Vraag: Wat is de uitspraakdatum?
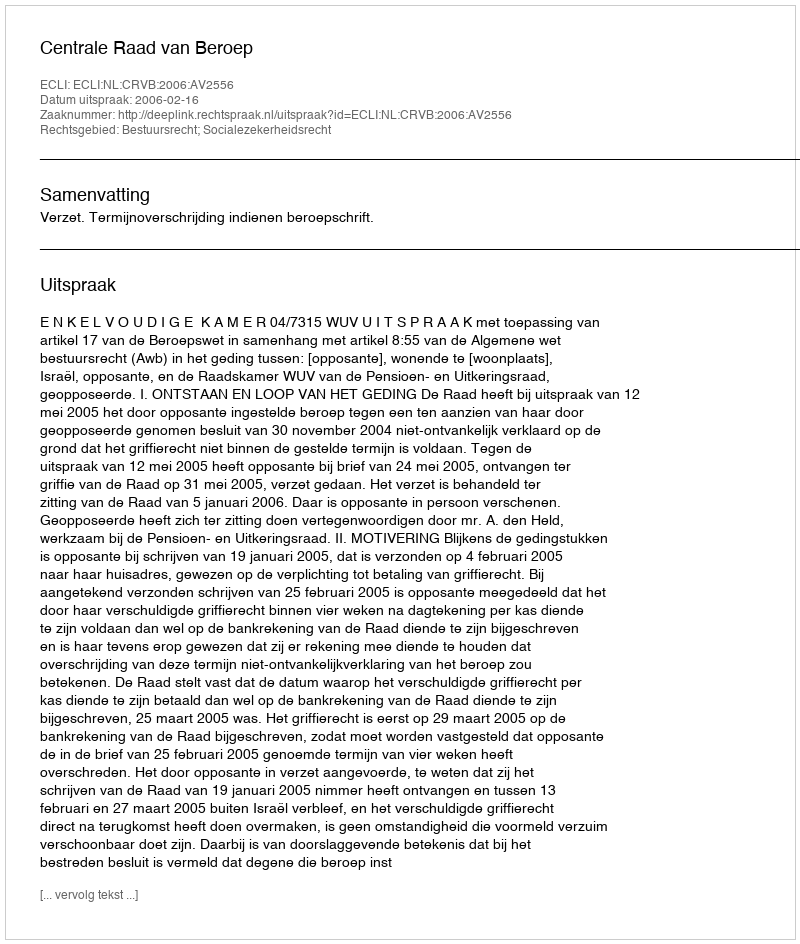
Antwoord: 2006-02-16